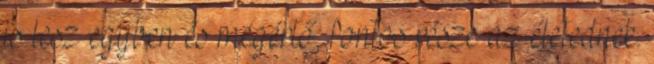
is lesz egyben és megértő, fontos része az életednek.